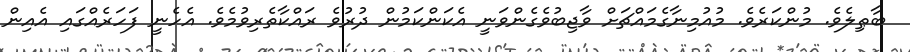
ބާޠިލެވެ. މުންކަރެވެ. މުއުމިނާގެމައްޗަށް ވާޖިބުވެގެންވަނީ އެކަންކަމުން ދުރުވެ ރައްކާތެރިވުމެވެ. އެހެނީ ފަހަރެއްގައި އެެއިން